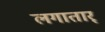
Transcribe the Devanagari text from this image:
लगातार्